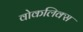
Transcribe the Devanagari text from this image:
वोकलिक्स